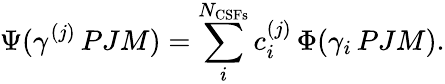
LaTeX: \Psi(\gamma^{(j)}\, PJM)=\sum_{i}^{{N_{\mathrm{CSFs}}}}c_{i}^{(j)}\, \Phi(\gamma_{i}\, PJM).